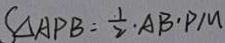
S _ { \Delta A P B } = \frac { 1 } { 2 } \cdot A B \cdot P M